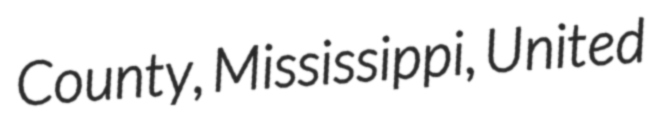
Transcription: County, Mississippi, United